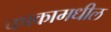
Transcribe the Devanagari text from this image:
चषकामधील